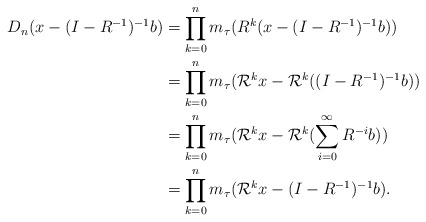
\begin{align*}D_n(x-(I-R^{-1})^{-1}b)&=\prod_{k=0}^{n}m_\tau(R^k(x-(I-R^{-1})^{-1}b))\\&=\prod_{k=0}^{n}m_\tau(\mathcal{R}^kx-\mathcal{R}^k((I-R^{-1})^{-1}b))\\&=\prod_{k=0}^{n}m_\tau(\mathcal{R}^kx-\mathcal{R}^k(\sum\limits_{i=0}^{\infty}R^{-i}b))\\&=\prod_{k=0}^{n}m_\tau(\mathcal{R}^kx-(I-R^{-1})^{-1}b).\end{align*}